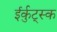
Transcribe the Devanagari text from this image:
ईर्कुट्स्क